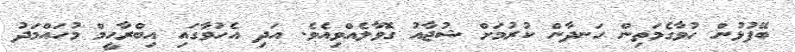
ބޭފުޅުން ހުވާގެމަތިން ހަނދާން ކުރުމަށް ޝުޖާއު ގޮވާލެއްވިއެވެ. އަދި އެހުވާގައި އިބްރާހީމް މުހައްމަދު